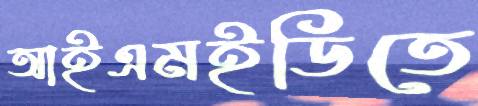
আইএমইডিতে